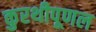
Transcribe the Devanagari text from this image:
कुरथीपूणल